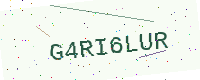
Text: G4RI6LUR